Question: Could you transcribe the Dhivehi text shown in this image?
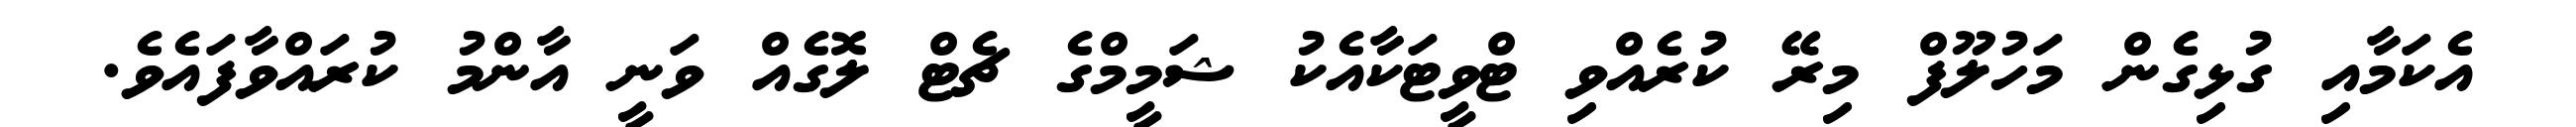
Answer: އެކަމާއި ގުޅިގެން މަހުލޫފް މިރޭ ކުރެއްވި ޓްވީޓަކާއެކު ޝަމީމްގެ ޗެޓް ލޮގެއް ވަނީ އާންމު ކުރައްވާފައެވެ.